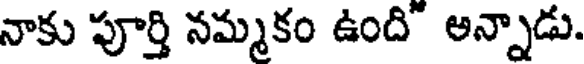
నాకు పూర్తి నమ్మకం ఉంది అన్నాడు.